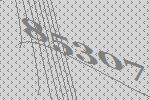
85307